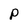
Character: p